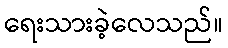
ရေးသားခဲ့လေသည်။